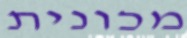
מכונית